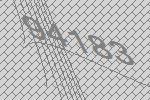
94183